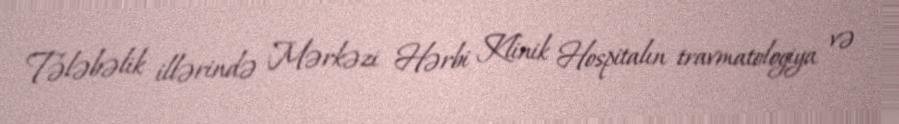
Tələbəlik illərində Mərkəzi Hərbi Klinik Hospitalın travmatologiya və